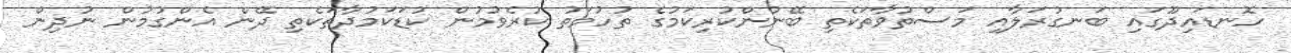
ހޮނޑައިދޫގައި ބަނގުރަލާއި މަސްތުވާތަކެތި ބޭނުންކުރިކަމުގެ ތުހުމަތު ކުރެވުމުން ކުޑަކަމުދާތަކެތި ދޭން އެންގުމުން ނުދިން